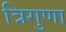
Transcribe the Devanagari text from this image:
त्रिगुणा